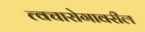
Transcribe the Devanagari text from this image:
त्वचारोगावरील